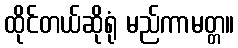
ထိုင်တယ်ဆိုရုံ မည်ကာမတ္တ။